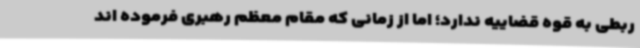
ربطی به قوه قضاییه ندارد؛ اما از زمانی که مقام معظم رهبری فرموده اند